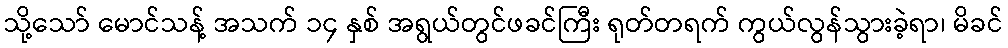
သို့သော် မောင်သန့် အသက် ၁၄ နှစ် အရွယ်တွင်ဖခင်ကြီး ရုတ်တရက် ကွယ်လွန်သွားခဲ့ရာ၊ မိခင်